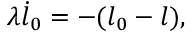
\lambda \dot { l } _ { 0 } = - ( l _ { 0 } - l ) ,